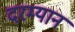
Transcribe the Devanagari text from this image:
दरम्‍यान